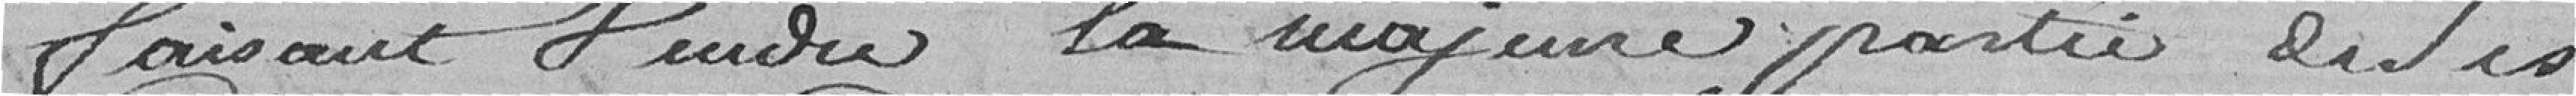
faisant vendre la majeure partie desdites